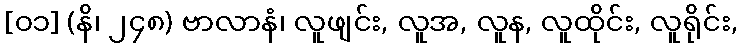
[၀၁] (နိ၊ ၂၄၈) ဗာလာနံ၊ လူဖျင်း, လူအ, လူန, လူထိုင်း, လူရိုင်း,